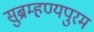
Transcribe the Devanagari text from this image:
सुब्रम्हण्यपुरम